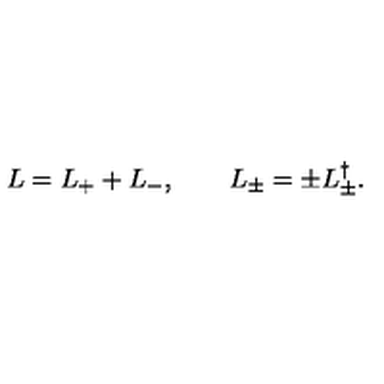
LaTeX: L = L _ { + } + L _ { - } , \qquad L _ { \pm } = \pm L _ { \pm } ^ { \dag } .